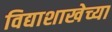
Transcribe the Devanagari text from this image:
विद्याशाखेच्या